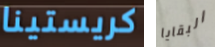
كريستينا البقايا